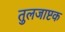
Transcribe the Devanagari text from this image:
तुलजाष्टक